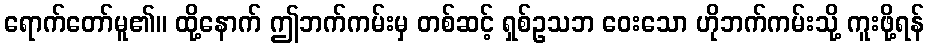
ရောက်တော်မူ၏။ ထို့နောက် ဤဘက်ကမ်းမှ တစ်ဆင့် ရှစ်ဥသဘ ဝေးသော ဟိုဘက်ကမ်းသို့ ကူးဖို့ရန်